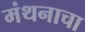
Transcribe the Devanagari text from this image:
मंथनाचा